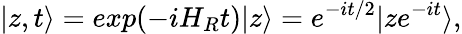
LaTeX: |z,t\rangle=exp(-iH_{R}t)|z\rangle=e^{-it/2}|ze^{-it}\rangle,